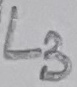
Text: L3